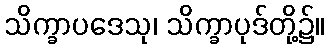
သိက္ခာပဒေသု၊ သိက္ခာပုဒ်တို့၌။